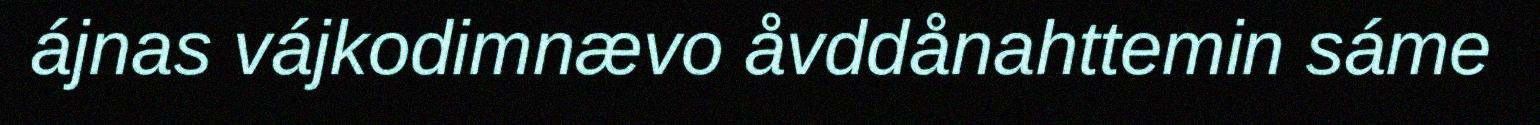
ájnas vájkodimnævo åvddånahttemin sáme